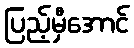
ပြည့်မှီအောင်